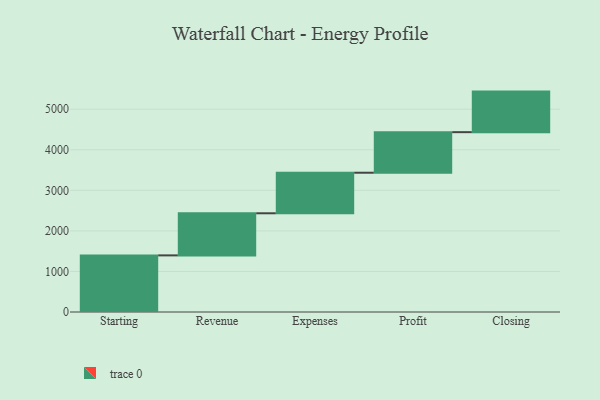
{"axis": {"x": "Step", "y": "Value"}, "legend": [""], "data": [{"x": "Starting", "y": 1396.0, "type": ""}, {"x": "Revenue", "y": 1038.0, "type": ""}, {"x": "Expenses", "y": 1000, "type": ""}, {"x": "Profit", "y": 1000, "type": ""}, {"x": "Closing", "y": 1000, "type": ""}]}